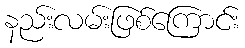
နည်းလမ်းဖြစ်ကြောင်း